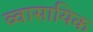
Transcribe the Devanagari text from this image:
व्वासायिक